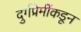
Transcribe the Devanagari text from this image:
दुर्गप्रेमींकडून